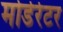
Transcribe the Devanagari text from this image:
मोडेरेटर